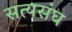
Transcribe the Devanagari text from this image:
सत्यसंघ